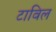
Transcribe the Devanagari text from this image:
टाविल